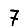
Digit: 7